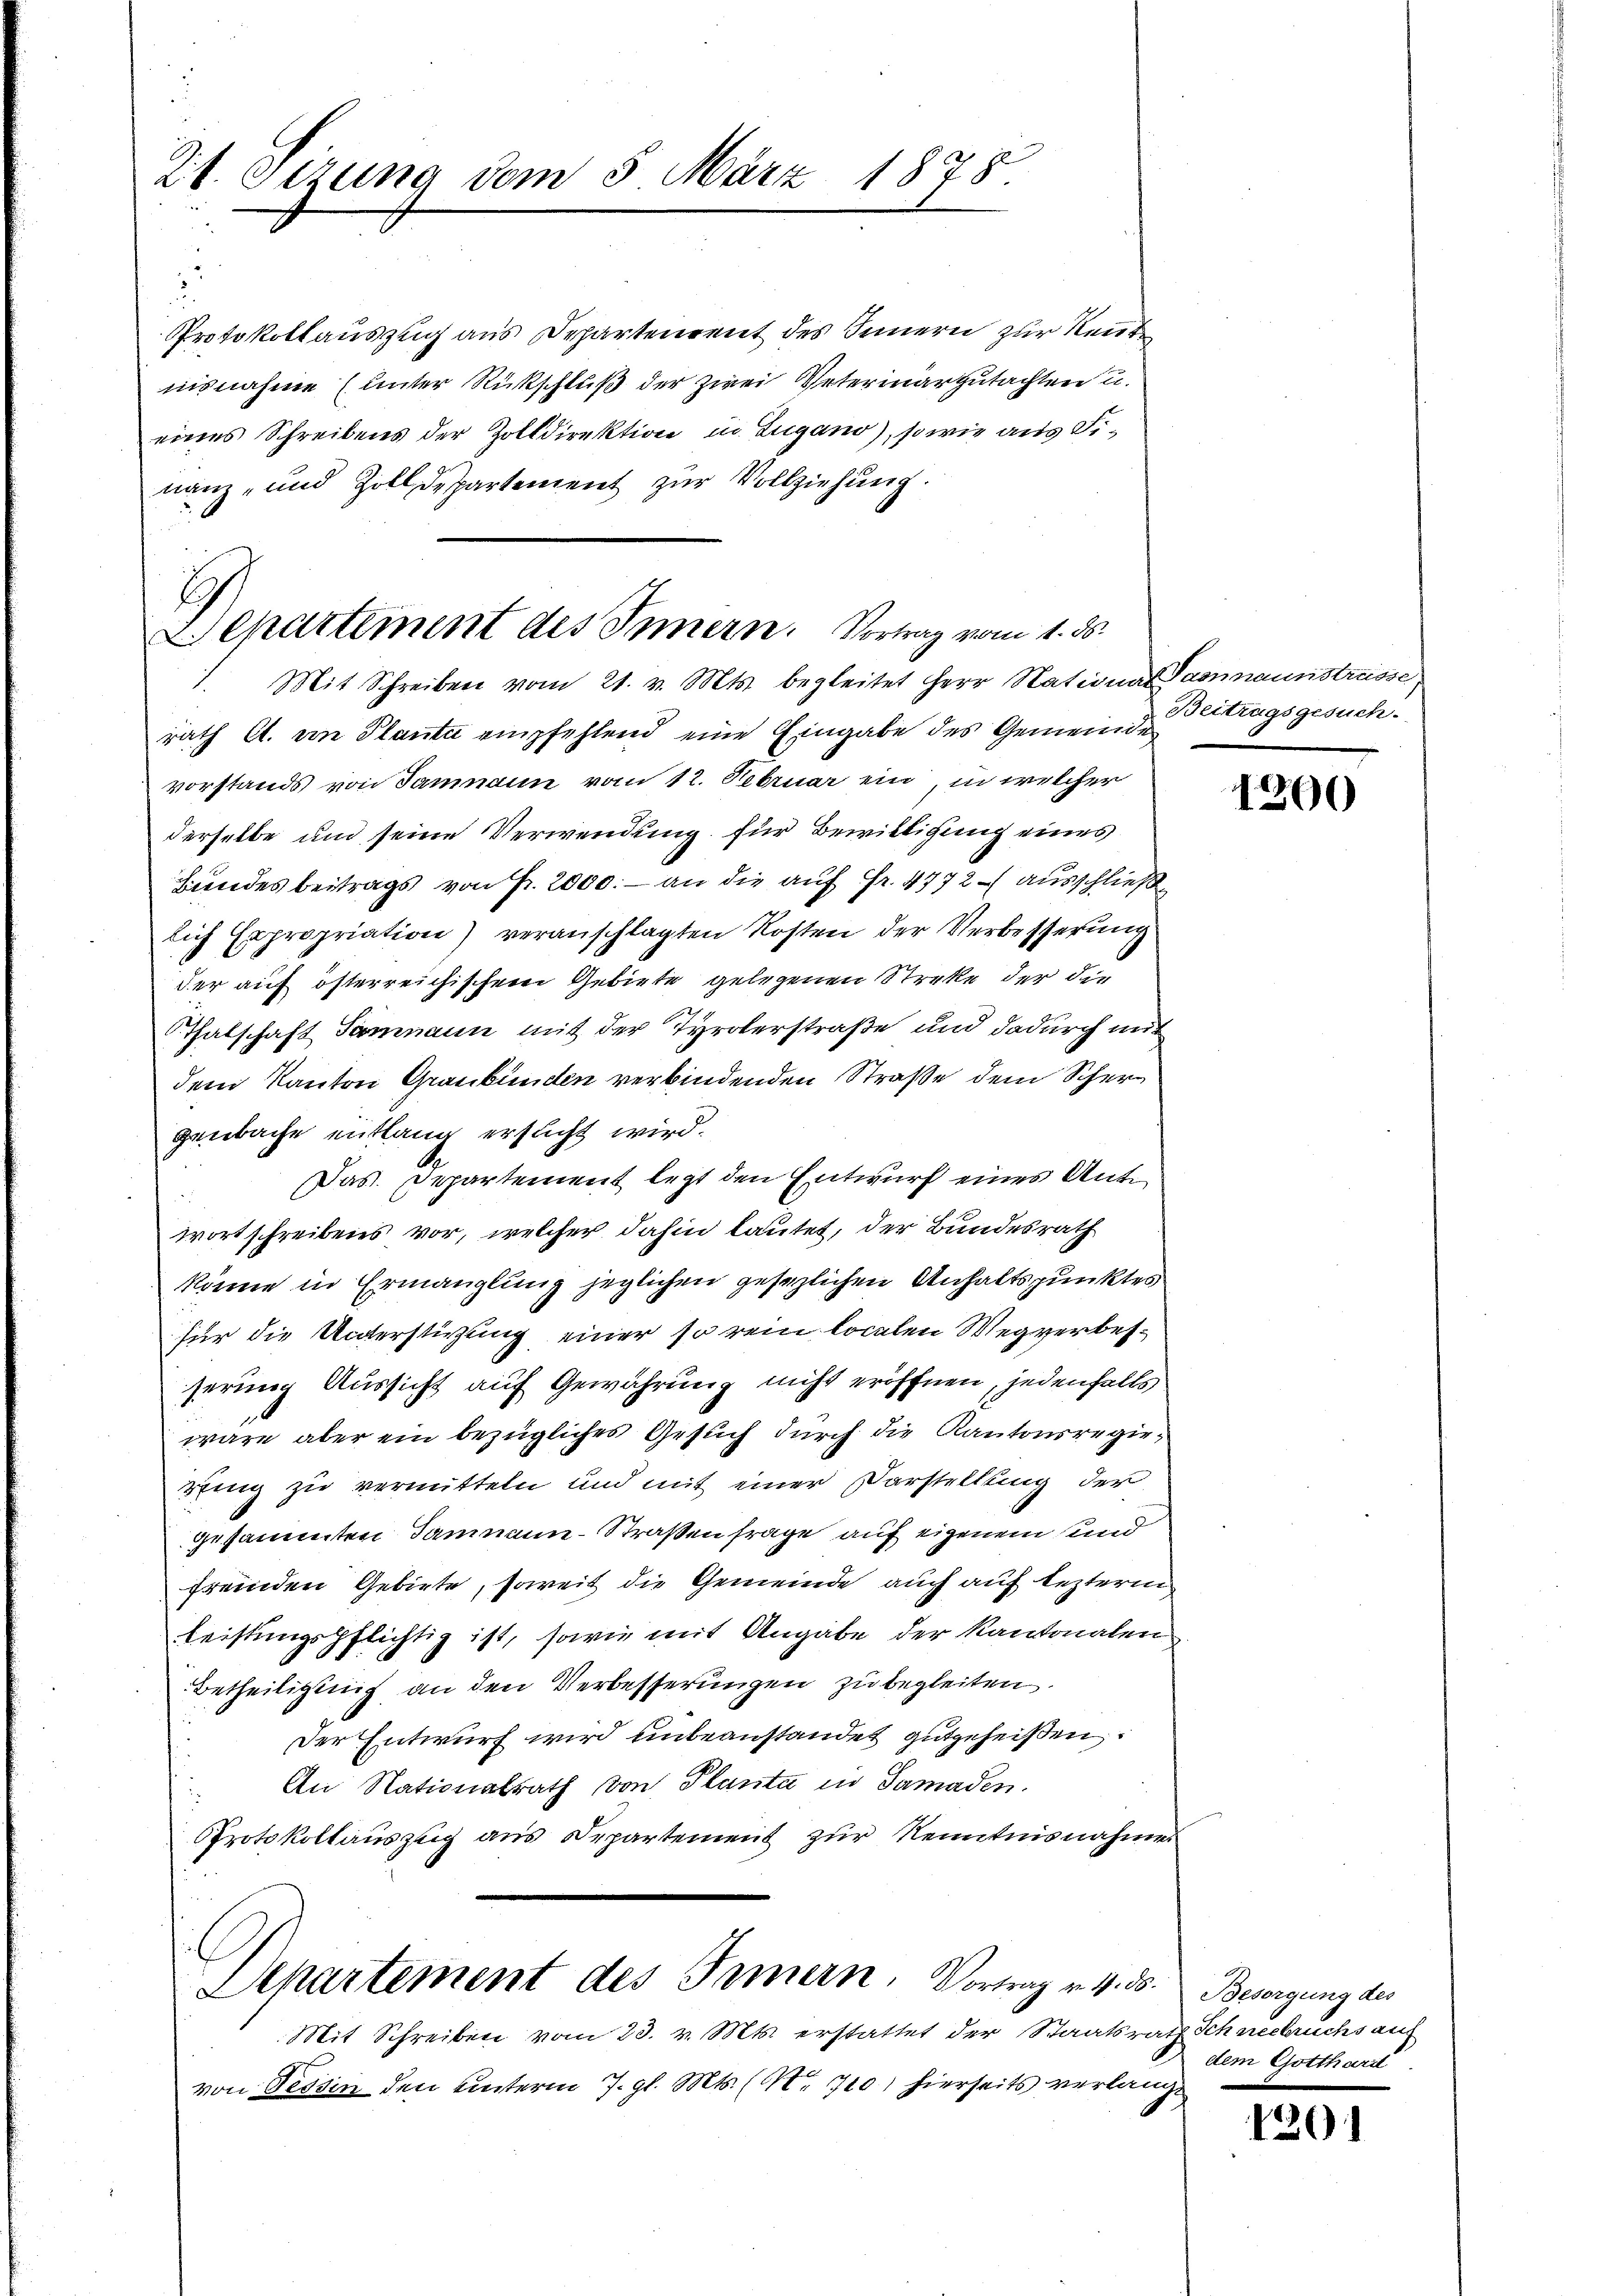
Zt. Sizung vom 5. März 1878.

3
Protokollauszug aus Departenrent des Innern zur Rente
nisnahme (unter Rückschluß der zwei Veterinargutachten u.
eines Schreibens der Zolldirektion in Zugano), so wie aus Finanz- und Zolldepartement zur Vollziehung.
rath A. von Planta empfehlend eine Eingabe des Gemeinde
vorstands von Jammann vom 12. Februar ein, in welcher
derselbe und seine Verwendung für Bewilligung eines
Hundes beitrags von Fr. 2000.- an die auf Fr. 4772 ausschließ
lich Expropriation) veranschlagten Kosten der Verbesserung
der auf österreichischem Gebiete gelegenen Streke der die
Thalschaft Sammann mit der Tyrolerstraße und dadurch mit
dem Kanton Graubünden verbindenden Straße dem Schergenbache entlang ersucht wird.
Das Departement letzt den Entwurf eines Antwortschreibens vor, welcher dahin lautet, der Bundesrath
könne in Ermanglung jeglichen gesezlichen Anhaltspunktes
für die Unterstüzung einer so rein localen Wegverbesserung Aussicht auf Gewährung nicht eröffnen, jedenfalls
wäre aber ein bezügliches Gesuch durch die Kantonsregierfing zu vermitteln und mit einer Darstellung der
gesammten Jammann-Straßen frage auf eigenem und
fremden Gebiete, soweit die Gemeinde auch auf lezterm
leistungspflichtig ist, sowie mit Angabe der Kantonalen
Betheiligung an den Verbesserungen zu begleiten.
Der Entwurf wird unbeanstandet gutgeheißen:
An Nationalrath von Planta in Samaden.
Protokollauszug aus Departement zur Kenntnisnahmen
Departement des Innern, Vortrag v. 4. ds.
Mit Schreiben vom 23. v. Mts. erstattet der Staatsrath Schneebruchs auf
von Tessin den unterm 7. gl. Mts. (N. 720) hierseits verlange

2 epartement des Innern. Vortrag vom 1. ds.
1. Mit Schreiben vom 21. v. Mts. begleitet Herr National Samnaunstrasse

Beitragsgesuch.

1200

Besorgung des
dem Gotthard

1291